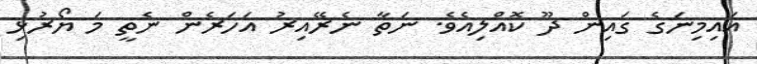
އައިމިނަގެ ގައިން ދޫ ކޮއްލިއެވެ. ނަތާ ނެރޭއިރު އަހަރެން ނެތީ މަ ޔޯރުޅި